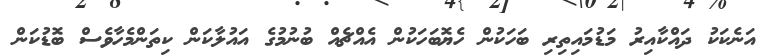
އަނެކަކު ދައްކާއިރު މަޑުމައިތިރި ބަހަކުން ހެޔޮބަހަކުން އެއްޗެއް ބުނުމުގެ އައުލާކަން ކިތަންމެހާވެސް ބޮޑުކަން